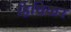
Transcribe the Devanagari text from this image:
हिचिकर